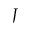
J